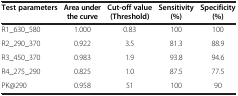
| Test parameters | Area under the curve | Cut-off value(Threshold) | Sensitivity (%) | Specificity (%) |
 | --- | --- | --- | --- | --- |
 | R1_630_580 | 1.000 | 0.83 | 100 | 100 |
 | R2_290_370 | 0.922 | 3.5 | 81.3 | 88.9 |
 | R3_450_370 | 0.983 | 1.9 | 93.8 | 94.6 |
 | R4_275_290 | 0.825 | 1.0 | 87.5 | 77.5 |
 | PK@290 | 0.958 | 51 | 100 | 90 |